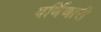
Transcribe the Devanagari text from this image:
वर्णिणारी